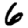
Digit: 6